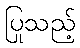
ပြုသည့်